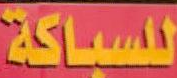
للسباكة